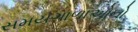
સમયગાળાઓનો